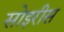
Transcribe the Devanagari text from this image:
सोइरीस